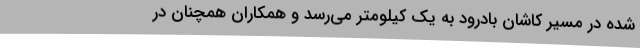
شده در مسیر کاشان بادرود به یک کیلومتر می‌رسد و همکاران همچنان در